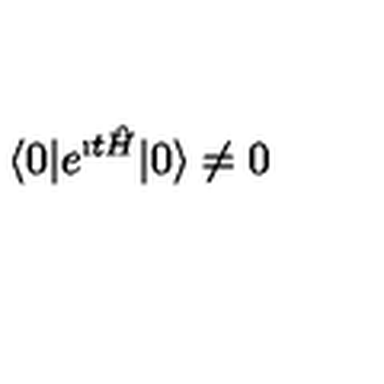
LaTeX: \langle 0 | e ^ { \i t { \hat { H } } } | 0 \rangle \not = 0